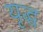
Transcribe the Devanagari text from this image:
यृद्ध